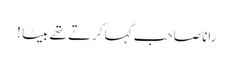
رانا صاحب کہا کرتے تھے بیٹا !